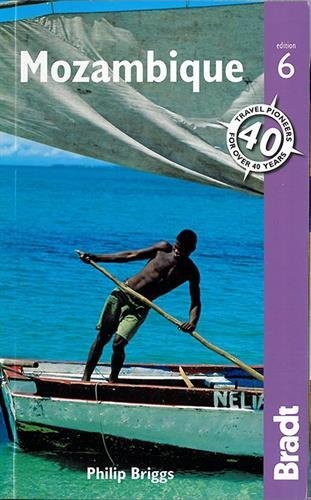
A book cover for By Philip Briggs Mozambique (Bradt Travel Guide) (Sixth Edition) [Paperback]; Travel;